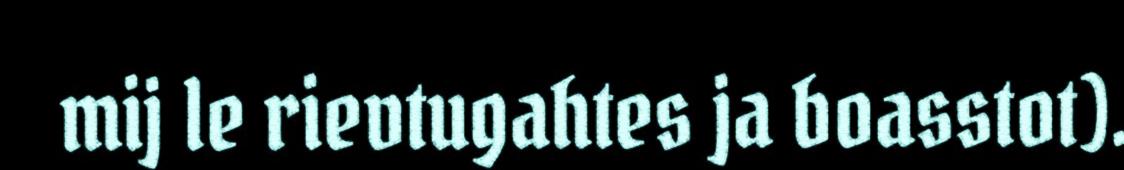
mij le rievtugahtes ja boasstot).